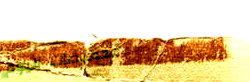
تخفيضات اليوم